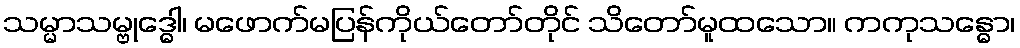
သမ္မာသမ္ဗုဒ္ဓေါ၊ မဖောက်မပြန်ကိုယ်တော်တိုင် သိတော်မူထသော။ ကကုသန္ဓော၊